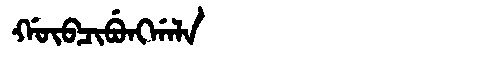
Manchu: ᡤᡡᠪᠴᡳᠪᡠᠩᡤᠠᠯᠠ
Romanization: GŪBCIBUNGGALA